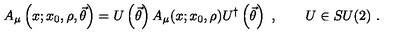
A _ { \mu } \left( x ; x _ { 0 } , \rho , \vec { \theta } \right) = U \left( \vec { \theta } \right) A _ { \mu } ( x ; x _ { 0 } , \rho ) U ^ { \dagger } \left( \vec { \theta } \right) \ , \qquad U \in S U ( 2 ) \ .